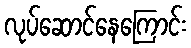
လုပ်ဆောင်နေကြောင်း